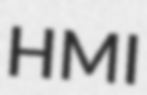
HMI